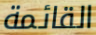
القائمة